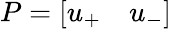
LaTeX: P=\left[\begin{array}{ll}{u_{+}}&{u_{-}}\end{array}\right]